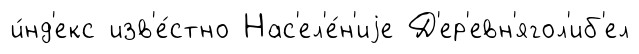
и́нд'екс изв'е́стно Нас'ел'е́н'иjе Д'ер'евн'ягол'иб'ел